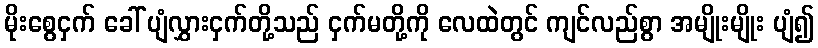
မိုးစွေငှက် ခေါ် ပျံလွှားငှက်တို့သည် ငှက်မတို့ကို လေထဲတွင် ကျင်လည်စွာ အမျိုးမျိုး ပျံ၍